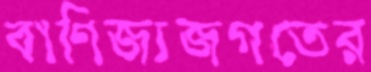
বাণিজ্যজগতের